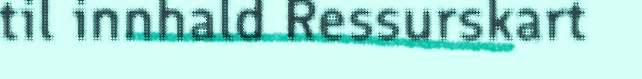
til innhald Ressurskart